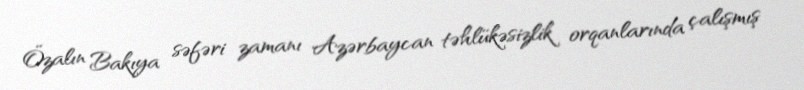
Özalın Bakıya səfəri zamanı Azərbaycan təhlükəsizlik orqanlarında çalışmış